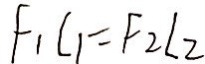
F _ { 1 } L _ { 1 } = F _ { 2 } L _ { 2 }